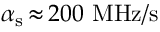
\alpha _ { \mathrm { s } } \, { \approx } \, 2 0 0 ~ \mathrm { M H z / s }